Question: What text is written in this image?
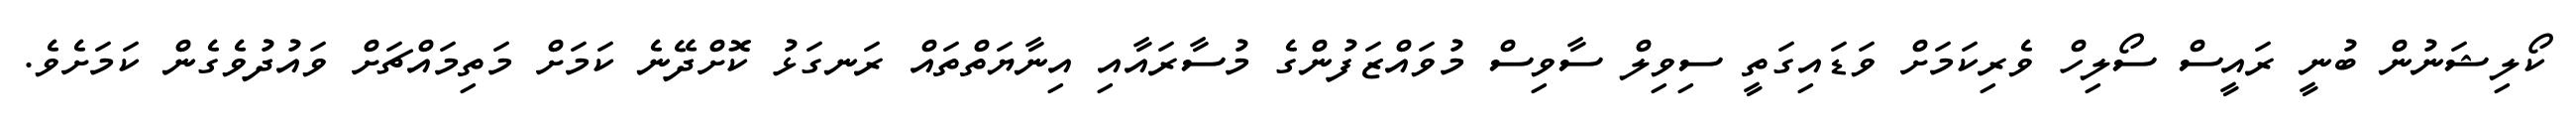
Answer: ކޯލިޝަނުން ބުނީ ރައީސް ސޯލިހް ވެރިކަމަށް ވަޑައިގަތީ ސިވިލް ސާވިސް މުވައްޒަފުންގެ މުސާރައާއި އިނާޔަތްތައް ރަނގަޅު ކޮށްދޭނެ ކަމަށް މަތިމައްޗަށް ވައުދުވެގެން ކަމަށެވެ.